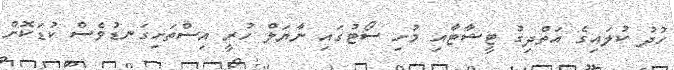
ހުދު ކުލައިގެ އަތްދިގު ޓީޝާޓާއި މުށި ސޯޓުގައި ނާޔަލް ހުރީ އިސްތަށިގަނޑުވެސް ކުޑަކޮށް